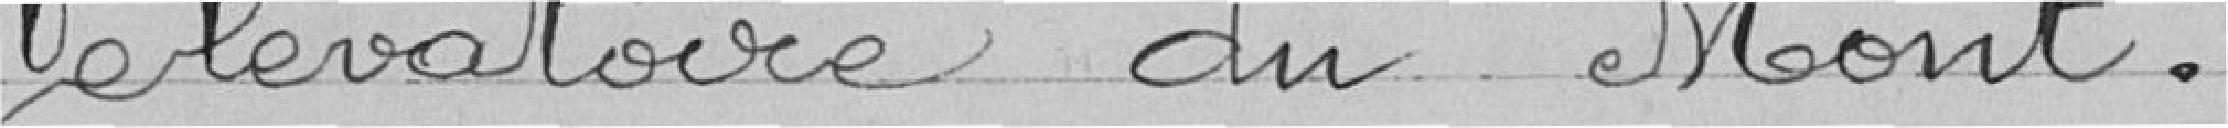
élévatoire du Mont.